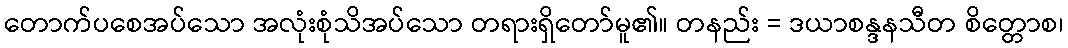
တောက်ပစေအပ်သော အလုံးစုံသိအပ်သော တရားရှိတော်မူ၏။ တနည်း = ဒယာစန္ဒနသီတ စိတ္တောစ၊